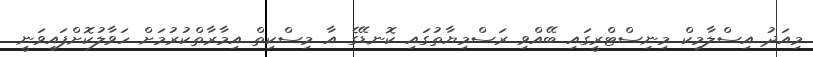
މިއަދު އިސްލާމިކް މިނިސްޓްރީގައި ބޭއްްވި ރަސްމިޔާތުގައި ކޮނޑޭގެ އާ މިސްކިތް އިމާރާތްކުރުމަށް ހަވާލުކޮށްފައިވަނީ